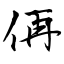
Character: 侢